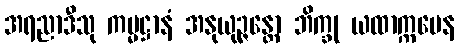
အရညာဒီသု ကမ္မဋ္ဌာနံ အနုယုဉ္ဇန္တော ဘိက္ခု ယထာက္ကမေန